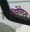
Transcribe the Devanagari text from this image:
शिरोवेदना